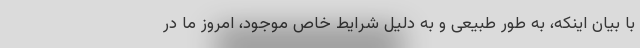
با بیان اینکه، به طور طبیعی و به دلیل شرایط خاص موجود، امروز ما در